画像に写った文字を読んでください
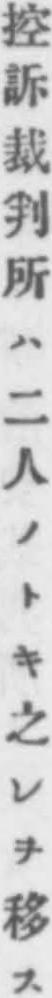
「控訴裁判所ハ二人ノトキ之レヲ移ス」と書いてあります